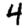
Digit: 4